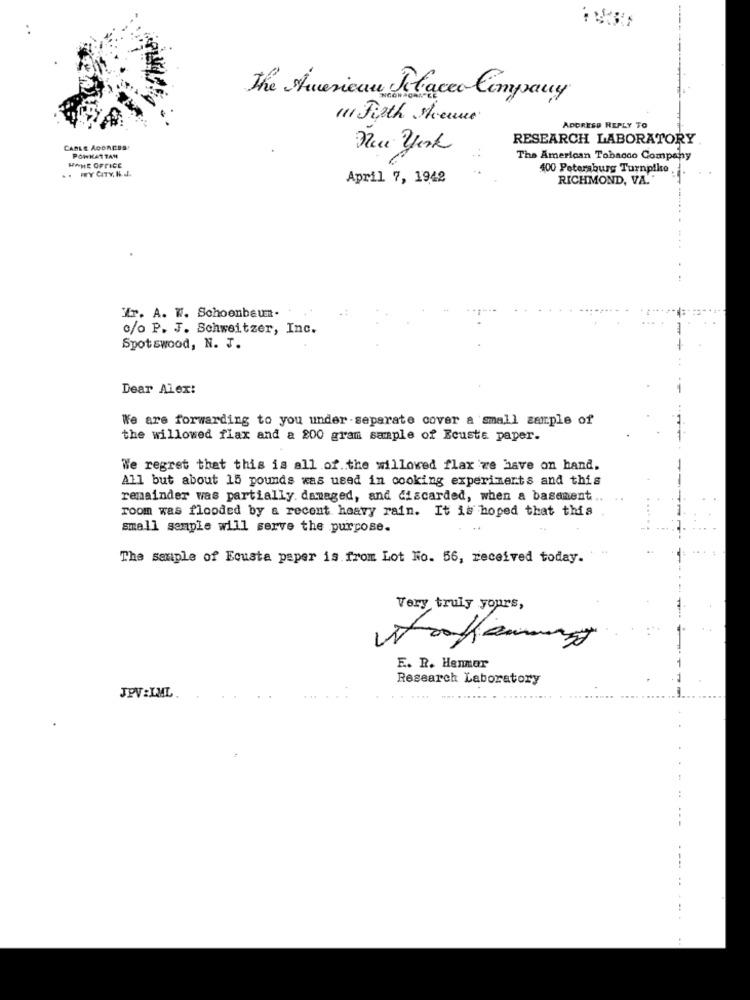
The American Placer Company
" Figth sheune
ADDRESS REPLY TO
RESEARCH LABORATORY
CABLE AGOACSS!
PORKATTAN
The American Tobacco Company
HOME OFFICE
400 Petersburg Turnpike
April 7, 1942
RICHMOND, VA."
Mr. A. W. Schoenbaun.
c/o P. J. Schweitzer, Inc.
Spotswood, N. J.
Dear Alex:
We are forwarding to you under-separate cover a small sample of
the willowed flax and a 200 gram sample of Ecuste paper.
We regret that this is all of.the willowed flax 'we have on hand.
All but about 15 pounds was used in cooking experiments and this
remainder was partially. damaged, and discarded, when a basement ..
room was flooded by a recent heavy rain. It is hoped that this
small semple will serve the purpose.
The sample of Ecusta paper is from Lot No. 56, received today.
Very truly yours,
E. R. Henmar
Research Laboratory
JPV :IML.
-